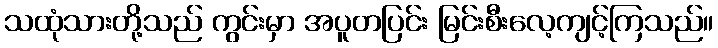
သထုံသားတို့သည် ကွင်းမှာ အပူတပြင်း မြင်းစီးလေ့ကျင့်ကြသည်။